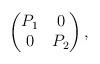
LaTeX: \begin{align*}\begin{pmatrix} P_1 & 0 \\ 0 & P_2\end{pmatrix}, \end{align*}